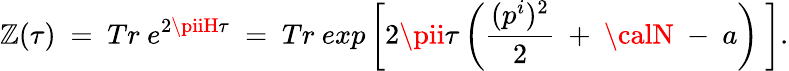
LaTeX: \mathbb{Z}(\tau)~=~Tr~e^{2\piiH\tau}~=~Tr~exp\left[2\pii\tau\left(\frac{{(p^{i})^{2}}}{{2}}~+~{\calN}~-~a\right)~\right].